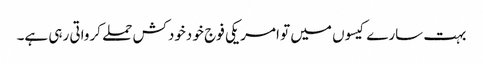
بہت سارے کیسوں میں تو امریکی فوج خو دخودکش حملے کرواتی رہی ہے۔